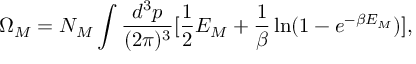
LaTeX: \Omega _ { M } = N _ { M } \int \frac { d ^ { 3 } p } { ( 2 \pi ) ^ { 3 } } [ \frac 1 2 E _ { M } + \frac 1 \beta \ln ( 1 - e ^ { - \beta E _ { M } } ) ] ,